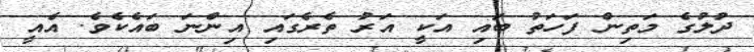
ދުލުގެ މަތިން ފަހަތު ބައި އަކީ އަރު ތެރެގައި އިންނަ ބައެކެވެ. އެއީ